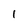
Character: 1